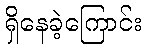
ရှိနေခဲ့ကြောင်း